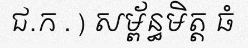
ជ.ក . ) សម្ព័ន្ធមិត្ត ធំ